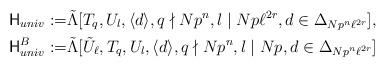
LaTeX: \begin{align*}\mathsf{H}_{univ}:=&\tilde{\Lambda}[T_q, U_l, \langle d\rangle, q\nmid Np^n, l\mid Np\ell^{2r}, d\in \Delta_{Np^n\ell^{2r}}],\\ \mathsf{H}_{univ}^B:=&\tilde{\Lambda}[\tilde{U}_\ell, T_q, U_l, \langle d\rangle, q\nmid Np^n, l\mid Np, d\in \Delta_{Np^n\ell^{2r}}]\end{align*}